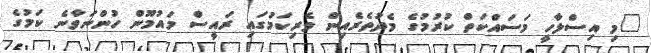
"މި އިސްލާހީ މަސައްކަތް ކުރުމުގެ މެދުތެރެއިން ވެރިކަމުގައި ރައީސް މައުމޫން ހުންނަވާނެ ކަމުގެ